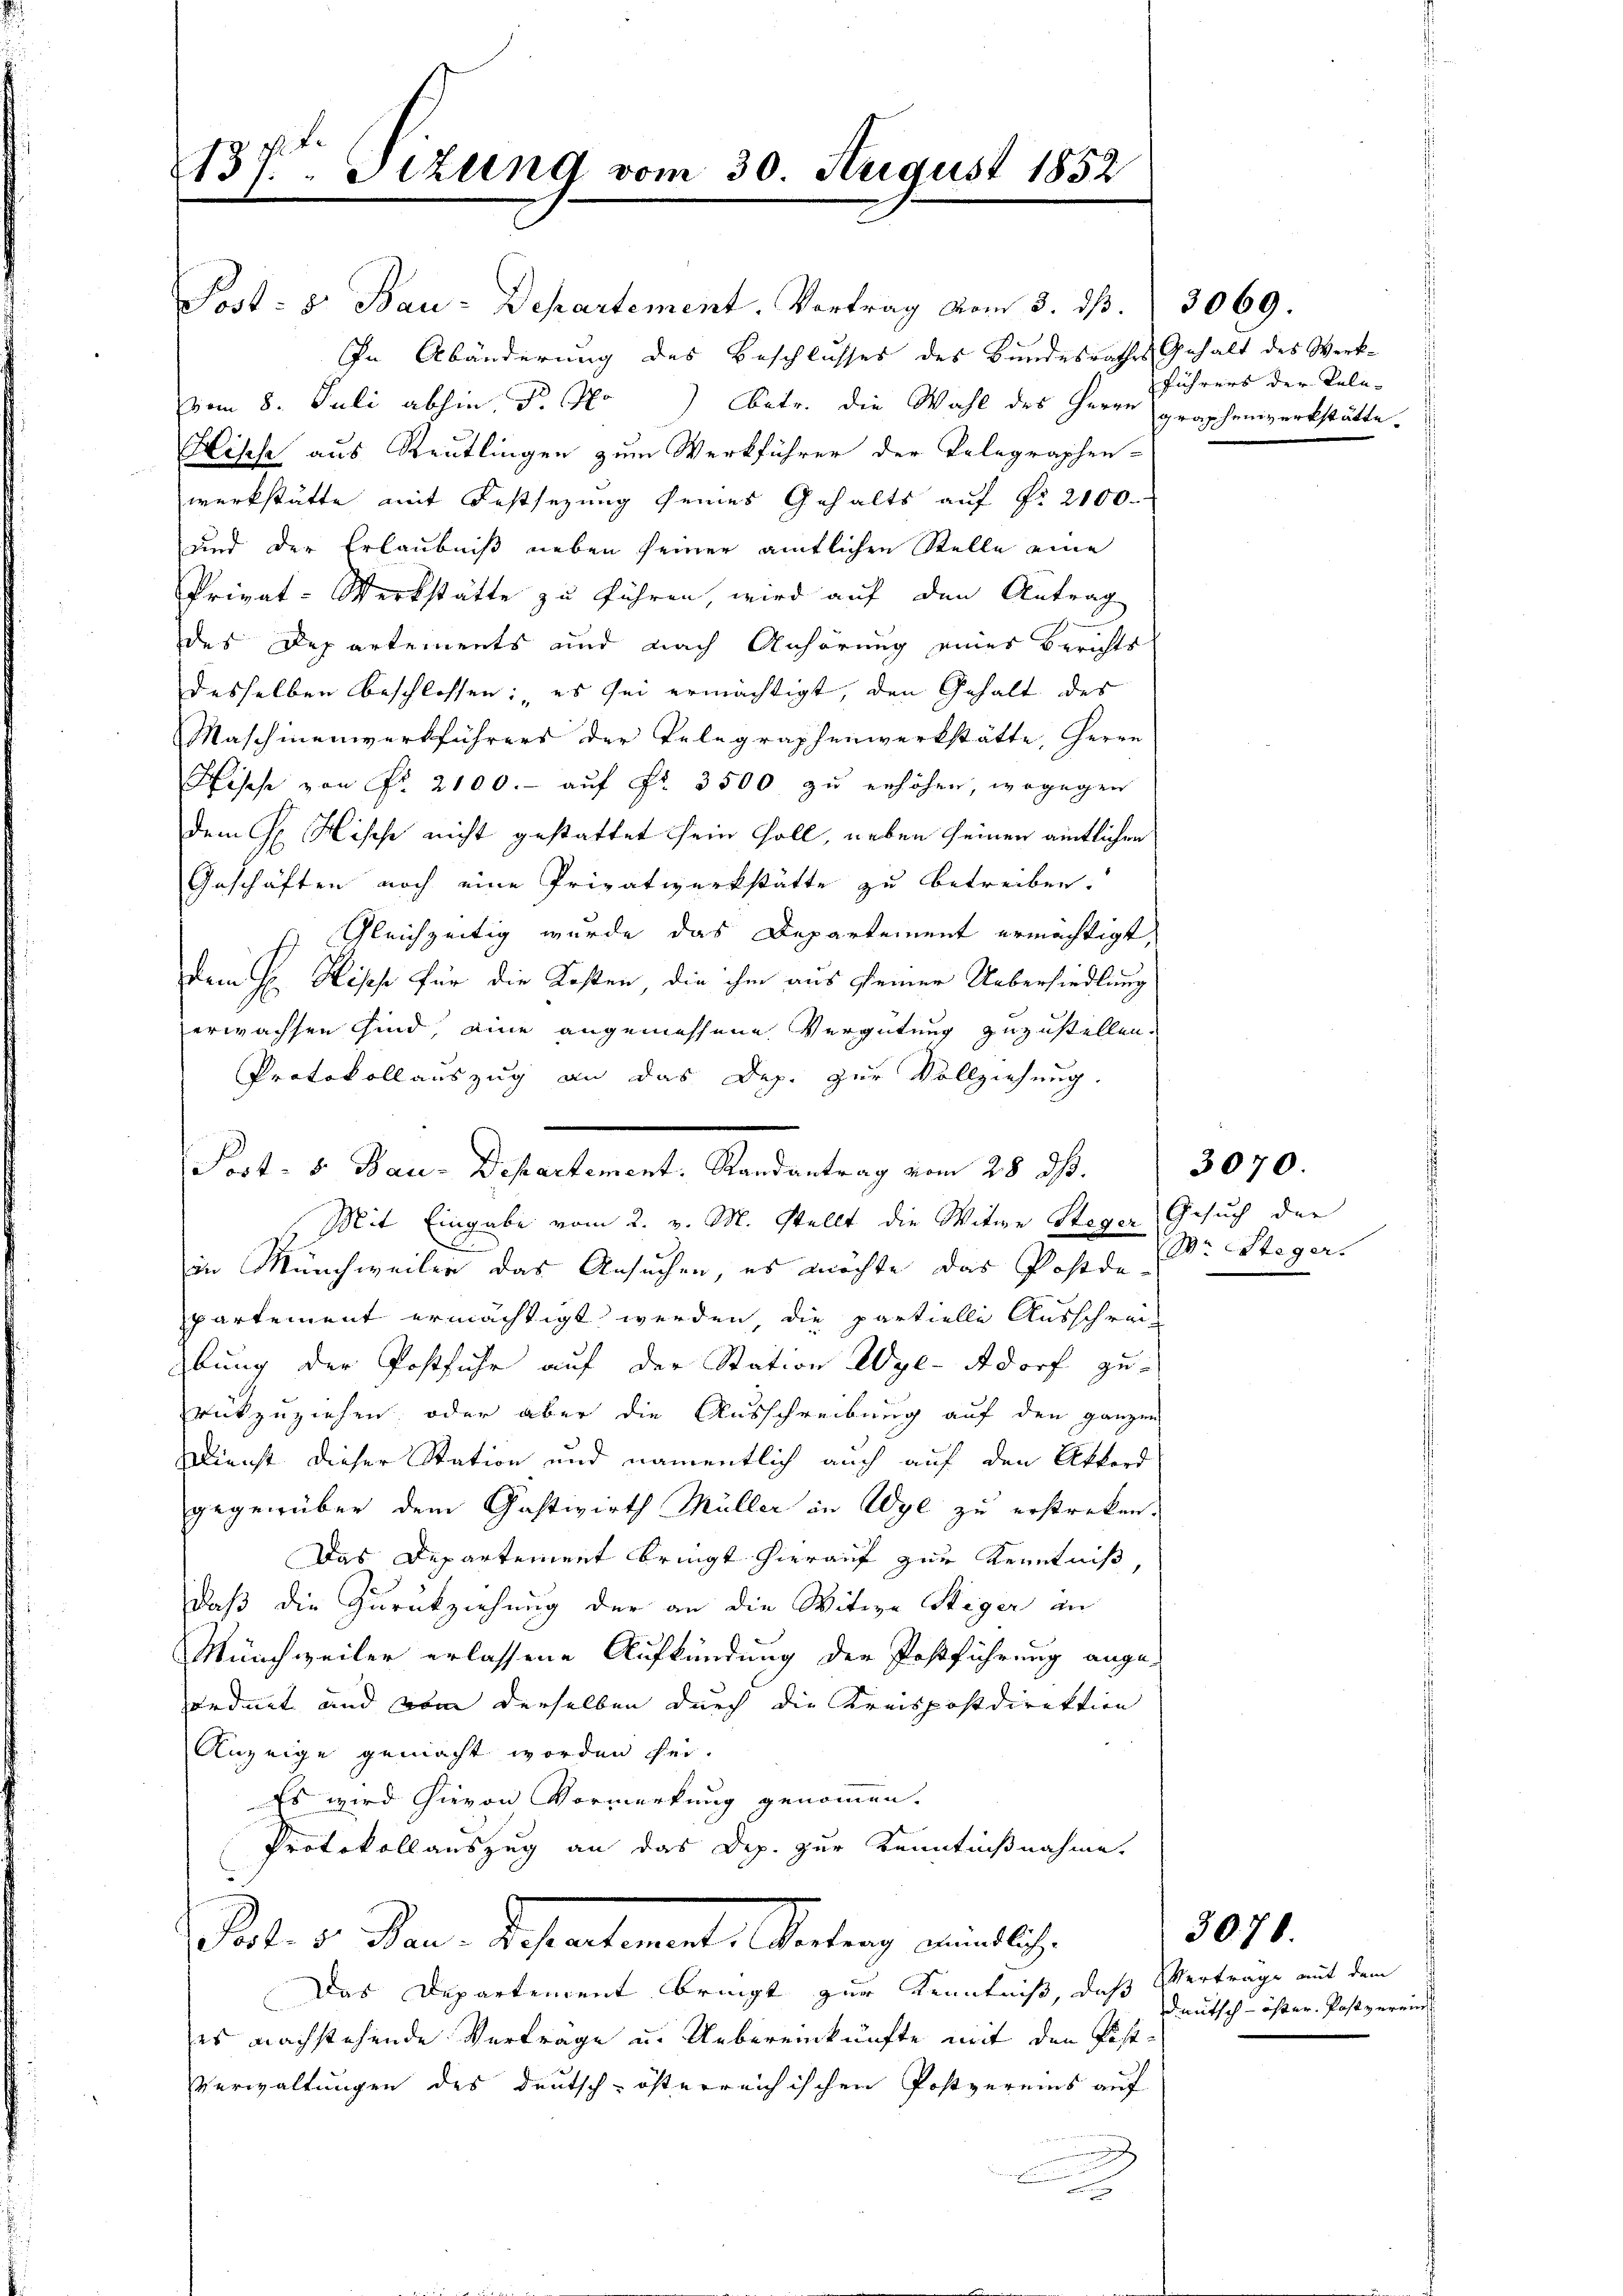
137. Sizung vom 30. August 1852

Prst: 5. Bau-Departement. Vortrag vom 8. dß.
In Abänderung des Beschlusses des Bundesrathes Gehalt des Werkvom 8. Juli abhin, Dr. No) Betr. die Wahl des Herrn
Hische aus Reutlingen zum Werkführer der Telegraphen-
werkstätte mit Festsezung seines Gehalts auf No 2100.
und der Erlaubniß neben seiner amtlichen Stelle eine
Privat-Werkstätte zu führen, wird auf den Antrag
des Departements und nach Anhörung eines Berichts
desselben beschlossen: „es sei ermächtigt, den Gehalt des
Maschinenwerkführers der Telegraphenwerkstätte, Herrn
Hische von Nr. 2100.- aŭf Fr. 3500 zu erhöhen, wogegen
dem H. Hische nicht gestattet sein soll, neben seinen amtlichen
Geschäften noch eine Privatwerkstätte zu betreiben.
) Gleichzeitig wurde das Departement ermächtigt,
dem H. Hisch für die Kosten die ihm aus seiner Uebersiedlung
erwachsen sind, eine angemessene Vergütung zuzustellen.
Protokollauszug an das Dep. zur Vollziehung.
Mit Eingabe vom 2. v. M. stellt die Witwe Steger Gesuch der
d
in Münchweilen das Ansuchen, es möchte das Postde Dr. Stegerpartement ermächtigt werden die partielle Ausschreibung der Postfuhr auf der Station Wyl-Adorf zu-
rückzuziehen, oder aber die Ausschreibung auf den ganze
Dienst dieser Station und namentlich auch auf den Akkord
gegenüber dem Gastwirth Müller in Wyl zu erstreken
Das Departement bringt hierauf zur Kenntniß
daß die Zurückziehung der an die Witwe Steger an
Münchweiler erlassene Aufkündung der Postführung ange-
ordnet und von derselben durch die Kreispostdirektion
Anzeige gemacht worden sei.
Es wird hievon Vormerkung genommen.
Protokoll auszug an das Dep. zur Kenntnißnahme.
Bd. 5. Jan. Leseartemente Vertrag wird e
Das Departement bringt zur Kenntniß, daß
es nachstehende Vertrage u. Uebereinkünfte mit den Post¬
Verwaltungen des deutsch-österreichischen Postvereins auf
a

Port. 8. Bau-Departement. Randantrag vom 28. ds.

3069.
führers der Kele-
graphenwerkstätte.

i

3070.

3076.

Vertrage mit dem
Deutsch-öster. Postverein